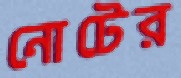
নোটের